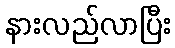
နားလည်လာပြီး